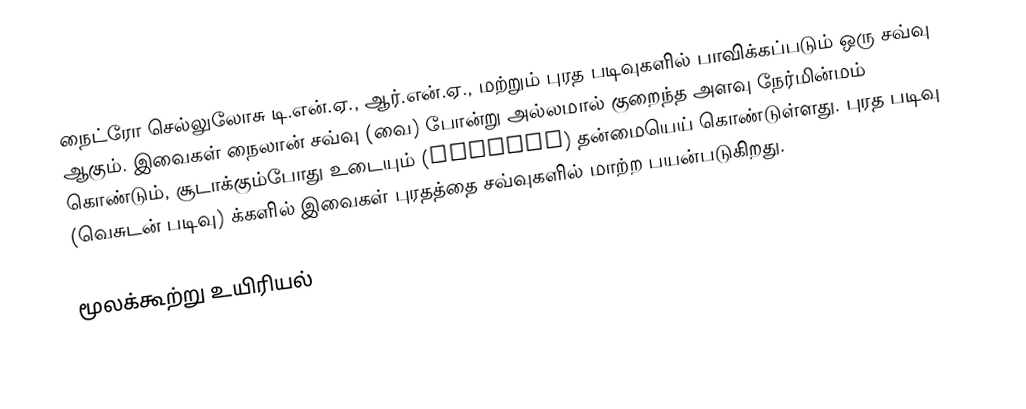
நைட்ரோ செல்லுலோசு டி.என்.ஏ., ஆர்.என்.ஏ., மற்றும் புரத படிவுகளில் பாவிக்கப்படும் ஒரு சவ்வு ஆகும். இவைகள் நைலான் சவ்வு (வை) போன்று அல்லமால் குறைந்த அளவு நேர்மின்மம் கொண்டும், சூடாக்கும்போது உடையும் (fragile) தன்மையெய் கொண்டுள்ளது. புரத படிவு (வெசுடன் படிவு) க்களில் இவைகள் புரதத்தை சவ்வுகளில் மாற்ற பயன்படுகிறது.

மூலக்கூற்று உயிரியல்